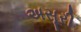
અસૂરી